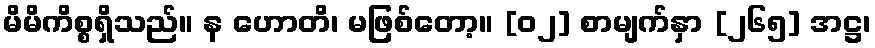
မိမိကိစ္စရှိသည်။ န ဟောတိ၊ မဖြစ်တော့။ [၀၂] စာမျက်နှာ [၂၆၅] အဋ္ဌ၊